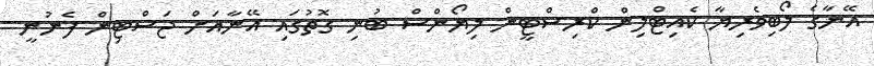
އޭނާގެ ލޯބިވެރިޔާ ކެއިޓްލިން ކްރިސްޓީން ލިޔޯންސް ބުނި ގޮތުގައި އޭނާއަށް ޖަސްޓިން ފެނުނީ